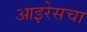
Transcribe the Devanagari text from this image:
आइरेसचा